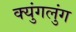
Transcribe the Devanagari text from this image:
क्युंगलुंग